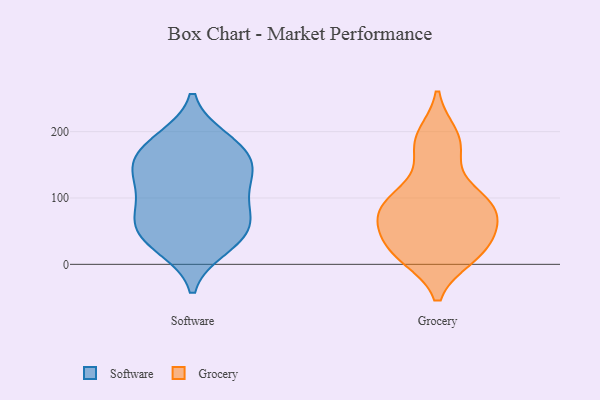
{"axis": {"x": "Temperature (°C)", "y": "Value"}, "legend": ["Grocery", "Software"], "data": [{"x": "", "y": 88, "type": "Software"}, {"x": "", "y": 178, "type": "Software"}, {"x": "", "y": 142, "type": "Software"}, {"x": "", "y": 130, "type": "Software"}, {"x": "", "y": 77, "type": "Software"}, {"x": "", "y": 179, "type": "Software"}, {"x": "", "y": 31, "type": "Software"}, {"x": "", "y": 50, "type": "Software"}, {"x": "", "y": 50, "type": "Software"}, {"x": "", "y": 26, "type": "Software"}, {"x": "", "y": 152, "type": "Software"}, {"x": "", "y": 111, "type": "Software"}, {"x": "", "y": 66, "type": "Software"}, {"x": "", "y": 145, "type": "Software"}, {"x": "", "y": 188, "type": "Software"}, {"x": "", "y": 45, "type": "Grocery"}, {"x": "", "y": 11, "type": "Grocery"}, {"x": "", "y": 41, "type": "Grocery"}, {"x": "", "y": 170, "type": "Grocery"}, {"x": "", "y": 13, "type": "Grocery"}, {"x": "", "y": 107, "type": "Grocery"}, {"x": "", "y": 91, "type": "Grocery"}, {"x": "", "y": 195, "type": "Grocery"}, {"x": "", "y": 78, "type": "Grocery"}, {"x": "", "y": 81, "type": "Grocery"}]}